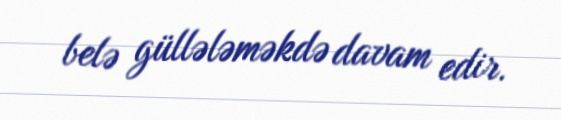
belə güllələməkdə davam edir.